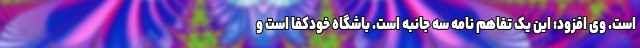
است. وی افزود: این یک تفاهم نامه سه جانبه است. باشگاه خودکفا است و